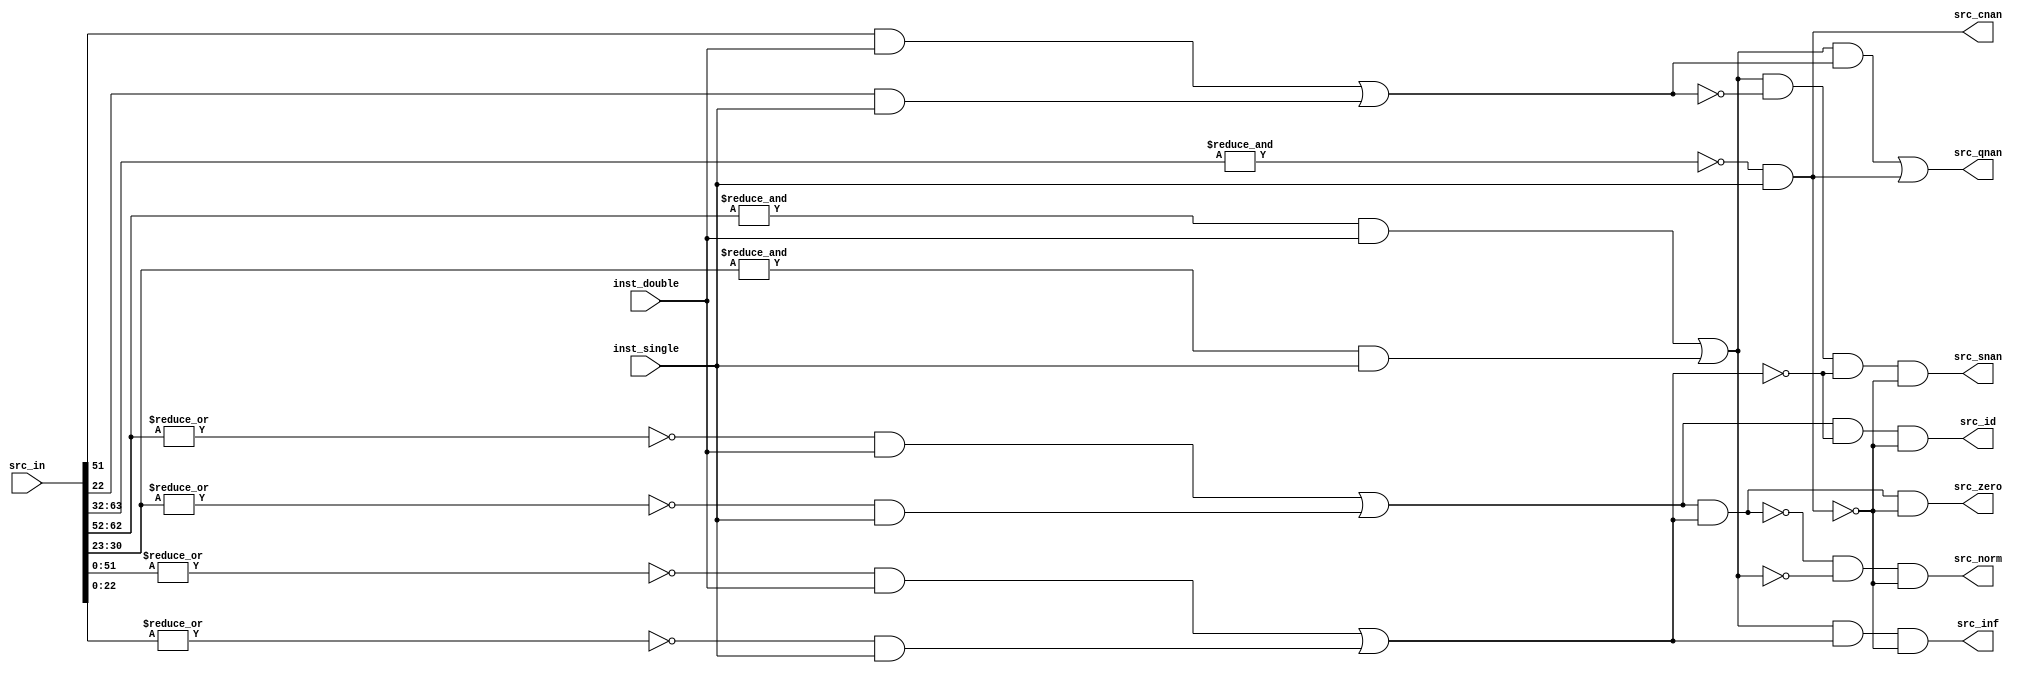
/*Copyright 2020-2021 T-Head Semiconductor Co., Ltd.

Licensed under the Apache License, Version 2.0 (the "License");
you may not use this file except in compliance with the License.
You may obtain a copy of the License at

    http://www.apache.org/licenses/LICENSE-2.0

Unless required by applicable law or agreed to in writing, software
distributed under the License is distributed on an "AS IS" BASIS,
WITHOUT WARRANTIES OR CONDITIONS OF ANY KIND, either express or implied.
See the License for the specific language governing permissions and
limitations under the License.
*/

// &ModuleBeg; @24
module pa_fpu_src_type(
  inst_double,
  inst_single,
  src_cnan,
  src_id,
  src_in,
  src_inf,
  src_norm,
  src_qnan,
  src_snan,
  src_zero
);

// &Ports; @25
input           inst_double;  
input           inst_single;  
input   [63:0]  src_in;       
output          src_cnan;     
output          src_id;       
output          src_inf;      
output          src_norm;     
output          src_qnan;     
output          src_snan;     
output          src_zero;     

// &Regs; @26

// &Wires; @27
wire            inst_double;  
wire            inst_single;  
wire    [63:0]  src;          
wire            src_cnan;     
wire            src_expn_max; 
wire            src_expn_zero; 
wire            src_frac_msb; 
wire            src_frac_zero; 
wire            src_id;       
wire    [63:0]  src_in;       
wire            src_inf;      
wire            src_norm;     
wire            src_qnan;     
wire            src_snan;     
wire            src_zero;     


// &Depend("cpu_cfig.h"); @29
assign src[63:0] = src_in[63:0];

assign src_cnan  = !(&src[63:32]) && inst_single;

assign src_expn_zero = !(|src[62:52]) && inst_double ||
                       !(|src[30:23]) && inst_single;

assign src_expn_max  =  (&src[62:52]) && inst_double ||
                        (&src[30:23]) && inst_single;

assign src_frac_zero = !(|src[51:0]) && inst_double ||
                       !(|src[22:0]) && inst_single;

assign src_frac_msb  = src[51] && inst_double || src[22] && inst_single;

assign src_snan = src_expn_max  && !src_frac_msb && !src_frac_zero && !src_cnan;
assign src_qnan = src_expn_max  &&  src_frac_msb || src_cnan;
assign src_zero = src_expn_zero &&  src_frac_zero && !src_cnan;
assign src_id   = src_expn_zero && !src_frac_zero && !src_cnan;
assign src_inf  = src_expn_max  &&  src_frac_zero && !src_cnan;
assign src_norm =!(src_expn_zero && src_frac_zero) &&
                 ! src_expn_max  && !src_cnan;

// &Force("output","src_cnan"); @53

// &ModuleEnd; @55
endmodule